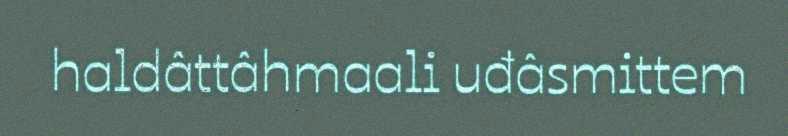
haldâttâhmaali uđâsmittem